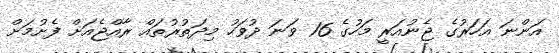
އަންނަ އަހަރުގެ ޖެނުއަރީ މަހުގެ 16 ވަނަ ދުވަހު މިދަތުރުތައް ރާއްޖެއަށް ފެށުމަށް